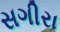
સગીરા